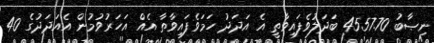
ނިޞާބު 4557.70 ބަދަލުވެފައިވާތީ އެ އަދަދު ހަމަވެފައިވާތާ އެއް އަހަރުވުމުން އެއަދަދުގެ 40